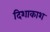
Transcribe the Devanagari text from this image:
दिशाकाश